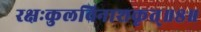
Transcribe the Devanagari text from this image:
रक्षःकुलविनाशकृत्‌॥८॥